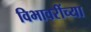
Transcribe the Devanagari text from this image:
विभावरींच्या